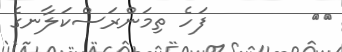
٥٠        ފަހެ ތިމަންރަސްކަލާނގެ